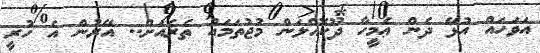
އަވަހައް އުޅޭ ދެން ޢެމީހާ ދޫކޮއްލަން މުޖުތަމައު ތެރެއަށް.. އޭރުން އެ ހުރީ